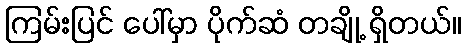
ကြမ်းပြင် ပေါ်မှာ ပိုက်ဆံ တချို့ ရှိတယ်။